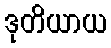
ဒုတိယာယ